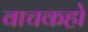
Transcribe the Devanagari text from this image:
वाचकहो